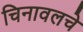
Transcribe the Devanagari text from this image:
चिनावलचे